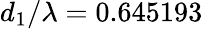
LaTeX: d_{1}/\lambda=0.645193